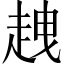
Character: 𧻭